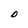
Character: D